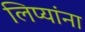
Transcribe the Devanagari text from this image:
लिप्यांना